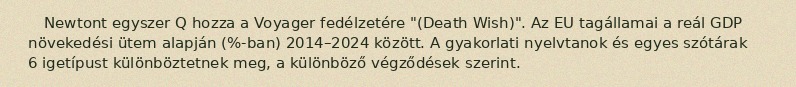
Newtont egyszer Q hozza a Voyager fedélzetére "(Death Wish)". Az EU tagállamai a reál GDP növekedési ütem alapján (%-ban) 2014–2024 között. A gyakorlati nyelvtanok és egyes szótárak 6 igetípust különböztetnek meg, a különböző végződések szerint.